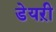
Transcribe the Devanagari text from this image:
डेयऱी